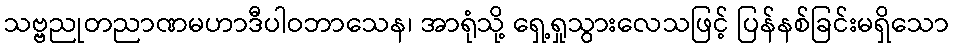
သဗ္ဗညုတညာဏမဟာဒီပါဝဘာသေန၊ အာရုံသို့ ရှေ့ရှုသွားလေသဖြင့် ပြန်နစ်ခြင်းမရှိသော